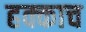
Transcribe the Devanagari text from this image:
हक्काच